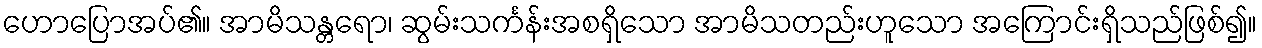
ဟောပြောအပ်၏။ အာမိသန္တရော၊ ဆွမ်းသင်္ကန်းအစရှိသော အာမိသတည်းဟူသော အကြောင်းရှိသည်ဖြစ်၍။